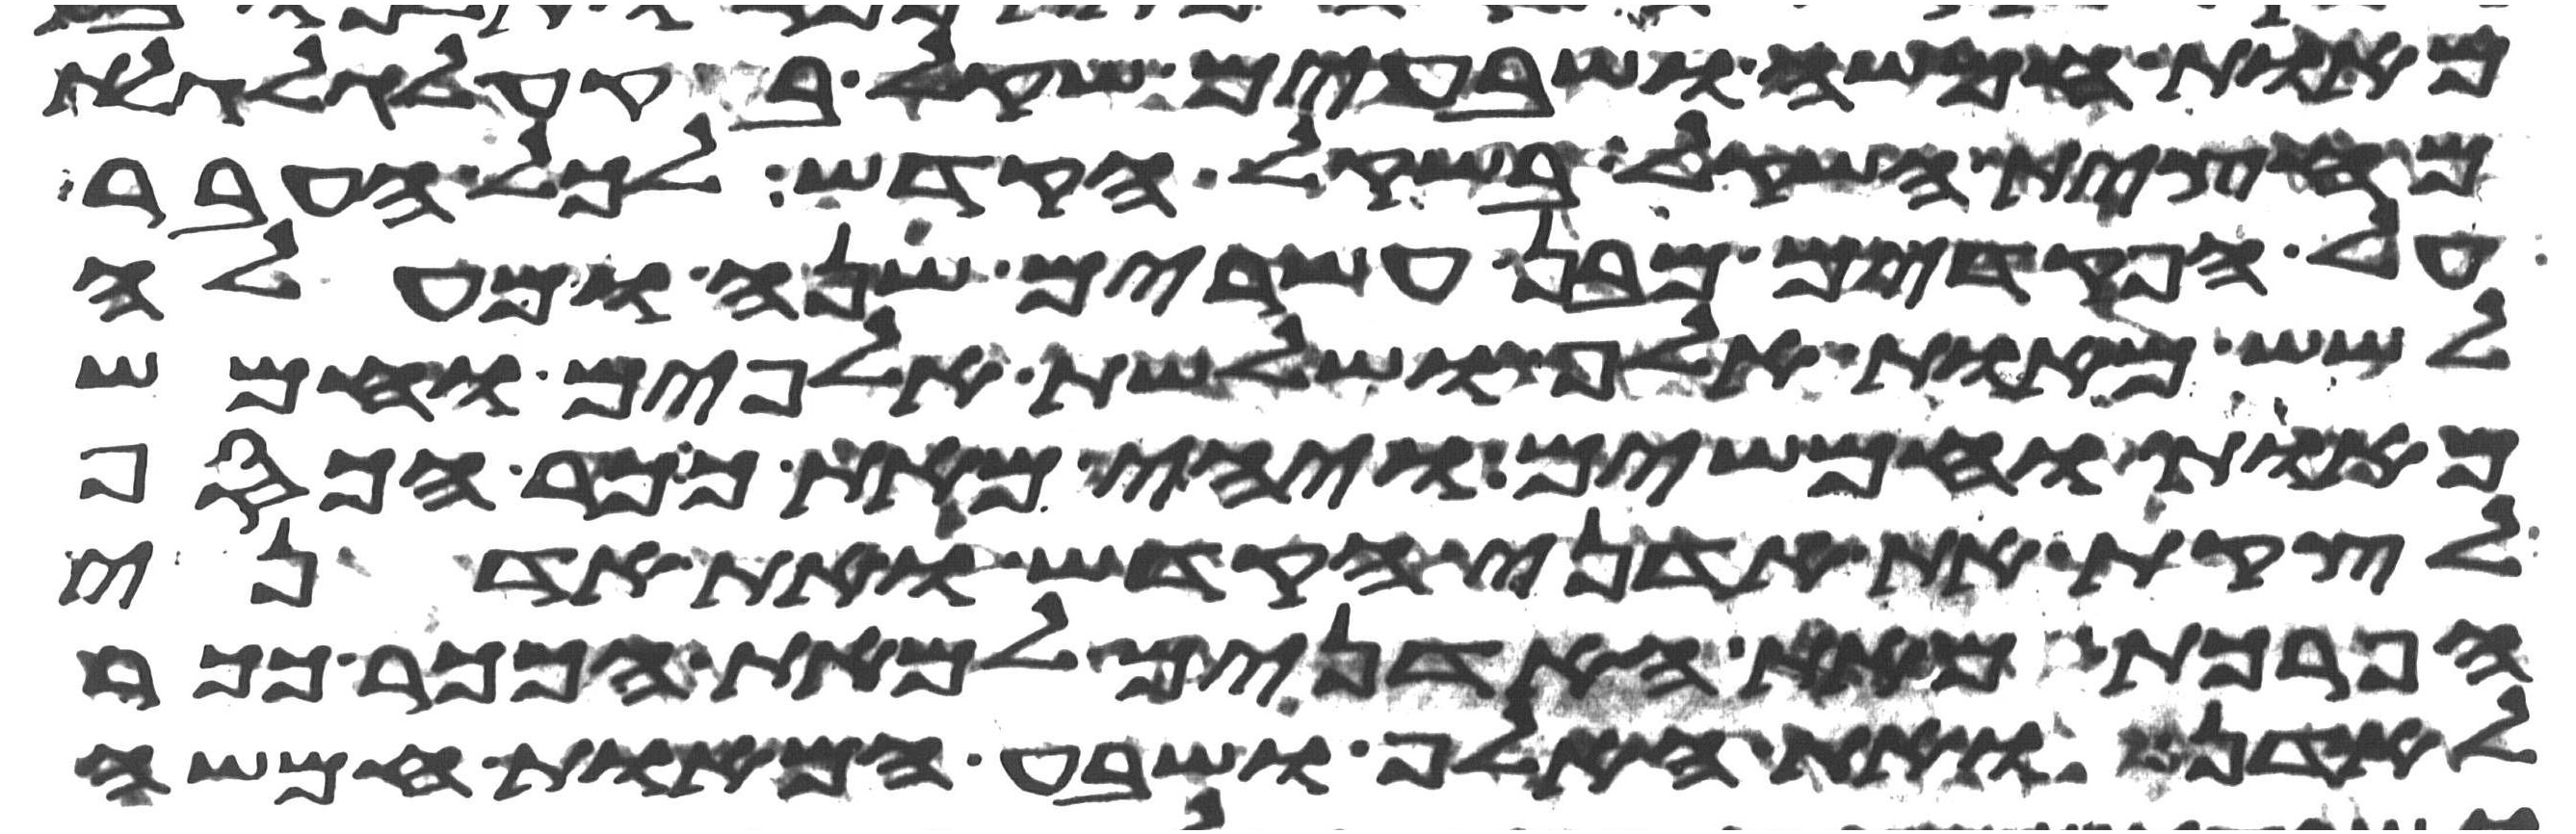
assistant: מאות חמשה ושבעים שקל בקע לגלגלת
מחצית השקל בשקל הקדש לכל העבר
על הפקדים מבן עשרים שנה ומעלה
לשש מאות אלף ושלשת אלפים וחמש
מאות וחמשים ויהי מאת ככר הכסף
לקצת את אדני הקדש ואת אדני
הפרכת מאת האדנים למאת הככר ככר
לאדן ואת האלף ושבע המאות חמשה